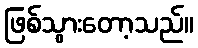
ဖြစ်သွားတော့သည်။